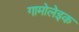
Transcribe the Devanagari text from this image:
गामोलेइक